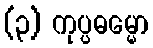
(၃) ကုပ္ပဓမ္မော